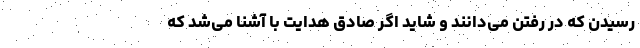
رسیدن که در رفتن می‌دانند و شاید اگر صادق هدایت با آشنا می‌شد که